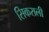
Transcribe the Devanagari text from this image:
सिकराली